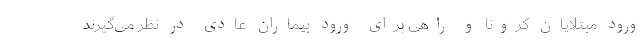
ورود مبتلایان کرونا و راهی برای ورود بیماران عادی در نظر می‌گیرند